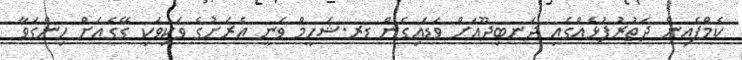
ކެމްޕެއިން ދަތުރުފުޅެއްގައި ދަނބިދޫއަށް ވަޑައިގެން ޑރ.ޝަހީމް ވަނީ އެރަށުގެ ވަކިވަކި ގޭގެއަށް ހިންގަވާ